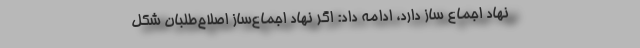
نهاد اجماع ساز دارد، ادامه داد: اگر نهاد اجماع‌ساز اصلاح‌طلبان شکل